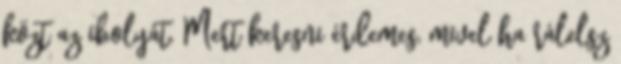
közt az ibolyát. Mert keresni érdemes, mivel ha rálelsz